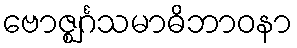
ဗောဇ္ဈင်္ဂသမာဓိဘာဝနာ